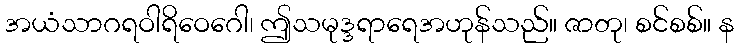
အယံသာဂရဝါရိဝေဂေါ၊ ဤသမုဒ္ဒရာရေအဟုန်သည်။ ဇာတု၊ စင်စစ်။ န